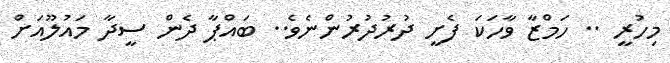
މިހުރީ .. ހަމްޒާ ވާހަކަ ފެށީ ދުރުދުރުންނެވެ.. ބައްޕާ ދެން ސީދާ މައުލޫއަށް